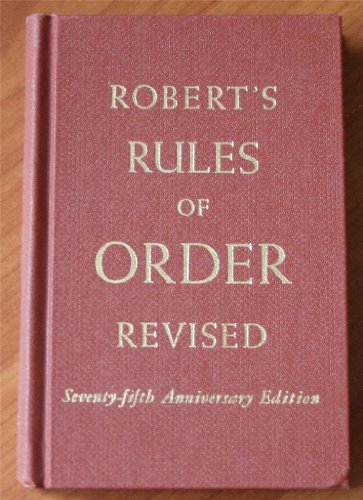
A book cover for Robert's rules of order, revised; Henry M Robert; Reference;